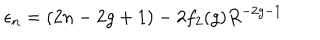
\epsilon _ { n } = ( 2 n - 2 g + 1 ) - 2 f _ { 2 } ( g ) R ^ { - 2 g - 1 }